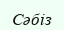
Сәбіз